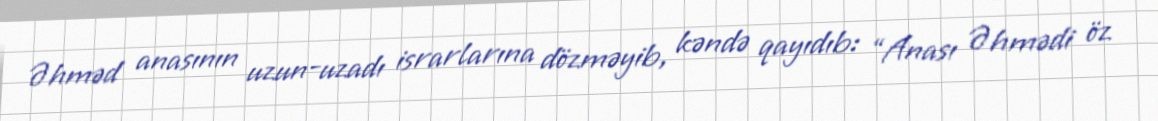
Əhməd anasının uzun-uzadı israrlarına dözməyib, kəndə qayıdıb: “Anası Əhmədi öz